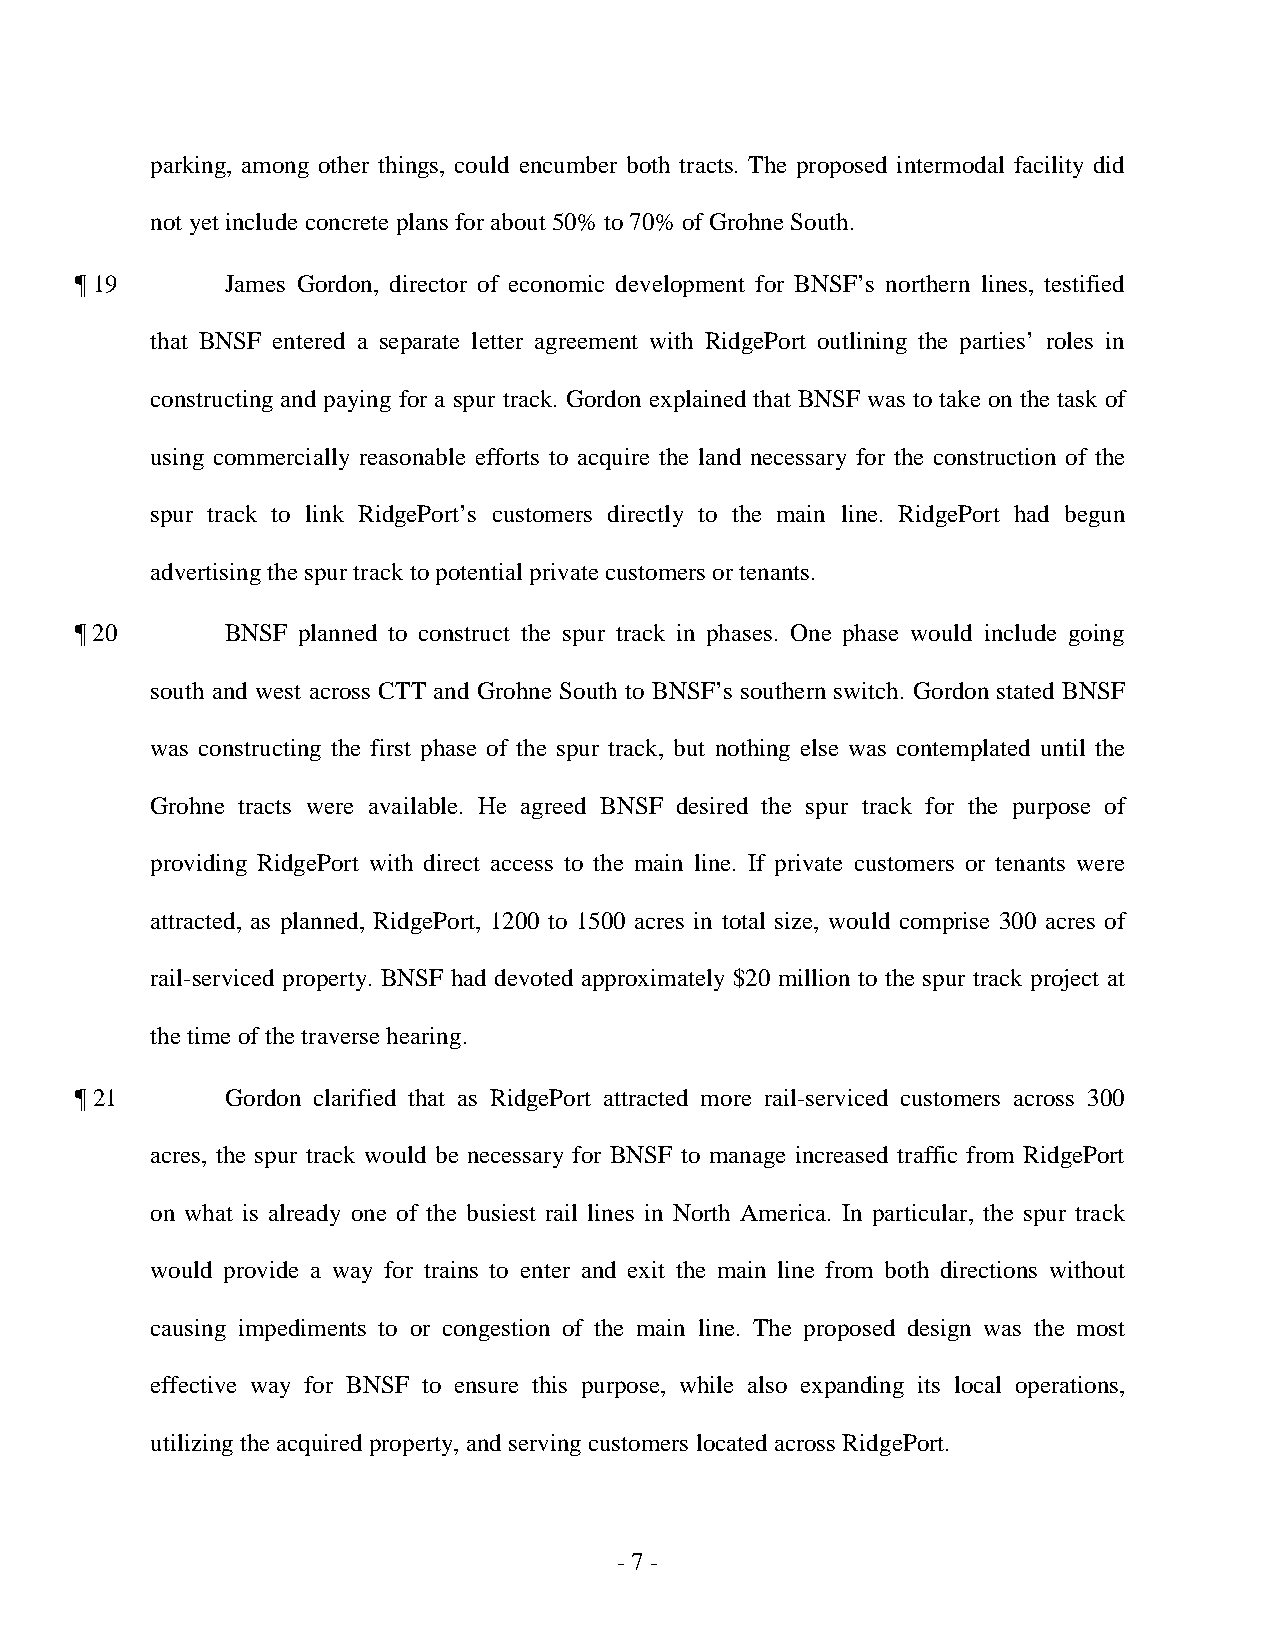
parking, among other things, could encumber both tracts. The proposed intermodal facility did
 not yet include concrete plans for about 50% to 70% of Grohne South.
 ¶ 19      James Gordon, director of economic development for BNSF’s northern lines, testified
 that BNSF entered a separate letter agreement with RidgePort outlining the parties’ roles in
 constructing and paying for a spur track. Gordon explained that BNSF was to take on the task of
 using commercially reasonable efforts to acquire the land necessary for the construction of the
 spur track to link RidgePort’s customers directly to the main line. RidgePort had begun
 advertising the spur track to potential private customers or tenants.
 ¶ 20      BNSF planned to construct the spur track in phases. One phase would include going
 south and west across CTT and Grohne South to BNSF’s southern switch. Gordon stated BNSF
 was constructing the first phase of the spur track, but nothing else was contemplated until the
 Grohne tracts were available. He agreed BNSF desired the spur track for the purpose of
 providing RidgePort with direct access to the main line. If private customers or tenants were
 attracted, as planned, RidgePort, 1200 to 1500 acres in total size, would comprise 300 acres of
 rail-serviced property. BNSF had devoted approximately $20 million to the spur track project at
 the time of the traverse hearing.
 ¶ 21      Gordon clarified that as RidgePort attracted more rail-serviced customers across 300
 acres, the spur track would be necessary for BNSF to manage increased traffic from RidgePort
 on what is already one of the busiest rail lines in North America. In particular, the spur track
 would provide a way for trains to enter and exit the main line from both directions without
 causing impediments to or congestion of the main line. The proposed design was the most
 effective way for BNSF to ensure this purpose, while also expanding its local operations,
 utilizing the acquired property, and serving customers located across RidgePort.
 - 7 ­